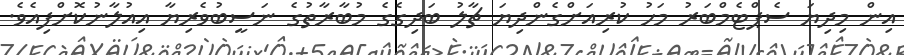
އިން މިދިޔަ ސެޕްޓެމްބަރު މަހު ކުރިއަށްގެންދިޔަ ޗާލު ބަދިގެގެ މުބާރާތުގެ ނަސީބުވެރިޔާ އިއުލާނުކޮށްފިއެވެ.